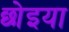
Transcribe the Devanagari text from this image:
छोइया